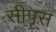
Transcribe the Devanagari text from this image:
सीपृस